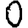
Digit: 0